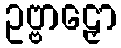
ဥဗ္ဗာဠှော